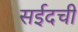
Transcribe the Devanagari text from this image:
सईदची